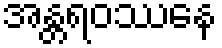
အန္တရဝဿေန